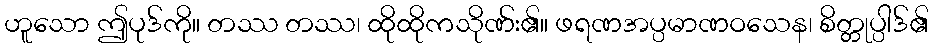
ဟူသော ဤပုဒ်ကို။ တဿ တဿ၊ ထိုထိုကသိုဏ်း၏။ ဖရဏအပ္ပမာဏဝသေန၊ စိတ္တုပ္ပါဒ်၏